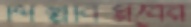
শিল্পবিপ্লবের